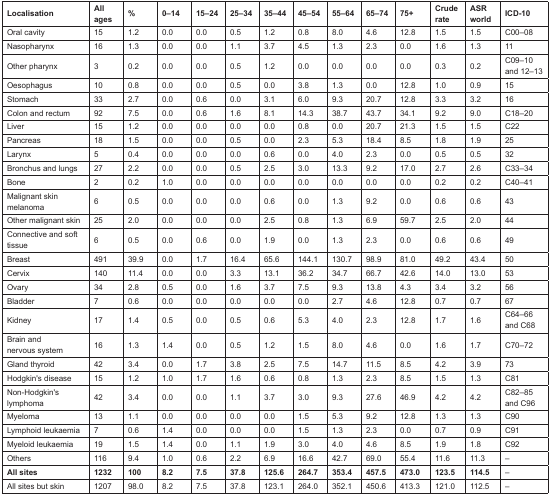
<table><thead><tr><td><b>Localisation</b></td><td><b>All ages</b></td><td><b>%</b></td><td><b>0–14</b></td><td><b>15–24</b></td><td><b>25–34</b></td><td><b>35–44</b></td><td><b>45–54</b></td><td><b>55–64</b></td><td><b>65–74</b></td><td><b>75+</b></td><td><b>Crude rate</b></td><td><b>ASR world</b></td><td><b>ICD-10</b></td></tr></thead><tbody><tr><td>Oral cavity</td><td>15</td><td>1.2</td><td>0.0</td><td>0.0</td><td>0.5</td><td>1.2</td><td>0.8</td><td>8.0</td><td>4.6</td><td>12.8</td><td>1.5</td><td>1.5</td><td>C00–08</td></tr><tr><td>Nasopharynx</td><td>16</td><td>1.3</td><td>0.0</td><td>0.0</td><td>1.1</td><td>3.7</td><td>4.5</td><td>1.3</td><td>2.3</td><td>0.0</td><td>1.6</td><td>1.3</td><td>11</td></tr><tr><td>Other pharynx</td><td>3</td><td>0.2</td><td>0.0</td><td>0.0</td><td>0.5</td><td>1.2</td><td>0.0</td><td>0.0</td><td>0.0</td><td>0.0</td><td>0.3</td><td>0.2</td><td>C09–10 and 12–13</td></tr><tr><td>Oesophagus</td><td>10</td><td>0.8</td><td>0.0</td><td>0.0</td><td>0.5</td><td>0.0</td><td>3.8</td><td>1.3</td><td>0.0</td><td>12.8</td><td>1.0</td><td>0.9</td><td>15</td></tr><tr><td>Stomach</td><td>33</td><td>2.7</td><td>0.0</td><td>0.6</td><td>0.0</td><td>3.1</td><td>6.0</td><td>9.3</td><td>20.7</td><td>12.8</td><td>3.3</td><td>3.2</td><td>16</td></tr><tr><td>Colon and rectum</td><td>92</td><td>7.5</td><td>0.0</td><td>0.6</td><td>1.6</td><td>8.1</td><td>14.3</td><td>38.7</td><td>43.7</td><td>34.1</td><td>9.2</td><td>9.0</td><td>C18–20</td></tr><tr><td>Liver</td><td>15</td><td>1.2</td><td>0.0</td><td>0.0</td><td>0.0</td><td>0.0</td><td>0.8</td><td>0.0</td><td>20.7</td><td>21.3</td><td>1.5</td><td>1.5</td><td>C22</td></tr><tr><td>Pancreas</td><td>18</td><td>1.5</td><td>0.0</td><td>0.0</td><td>0.5</td><td>0.0</td><td>2.3</td><td>5.3</td><td>18.4</td><td>8.5</td><td>1.8</td><td>1.9</td><td>25</td></tr><tr><td>Larynx</td><td>5</td><td>0.4</td><td>0.0</td><td>0.0</td><td>0.0</td><td>0.6</td><td>0.0</td><td>4.0</td><td>2.3</td><td>0.0</td><td>0.5</td><td>0.5</td><td>32</td></tr><tr><td>Bronchus and lungs</td><td>27</td><td>2.2</td><td>0.0</td><td>0.0</td><td>0.5</td><td>2.5</td><td>3.0</td><td>13.3</td><td>9.2</td><td>17.0</td><td>2.7</td><td>2.6</td><td>C33–34</td></tr><tr><td>Bone</td><td>2</td><td>0.2</td><td>1.0</td><td>0.0</td><td>0.0</td><td>0.0</td><td>0.0</td><td>0.0</td><td>0.0</td><td>0.0</td><td>0.2</td><td>0.2</td><td>C40–41</td></tr><tr><td>Malignant skin melanoma</td><td>6</td><td>0.5</td><td>0.0</td><td>0.0</td><td>0.0</td><td>0.6</td><td>0.0</td><td>1.3</td><td>9.2</td><td>0.0</td><td>0.6</td><td>0.6</td><td>43</td></tr><tr><td>Other malignant skin</td><td>25</td><td>2.0</td><td>0.0</td><td>0.0</td><td>0.0</td><td>2.5</td><td>0.8</td><td>1.3</td><td>6.9</td><td>59.7</td><td>2.5</td><td>2.0</td><td>44</td></tr><tr><td>Connective and soft tissue</td><td>6</td><td>0.5</td><td>0.0</td><td>0.6</td><td>0.0</td><td>1.9</td><td>0.0</td><td>1.3</td><td>2.3</td><td>0.0</td><td>0.6</td><td>0.6</td><td>49</td></tr><tr><td>Breast</td><td>491</td><td>39.9</td><td>0.0</td><td>1.7</td><td>16.4</td><td>65.6</td><td>144.1</td><td>130.7</td><td>98.9</td><td>81.0</td><td>49.2</td><td>43.4</td><td>50</td></tr><tr><td>Cervix</td><td>140</td><td>11.4</td><td>0.0</td><td>0.0</td><td>3.3</td><td>13.1</td><td>36.2</td><td>34.7</td><td>66.7</td><td>42.6</td><td>14.0</td><td>13.0</td><td>53</td></tr><tr><td>Ovary</td><td>34</td><td>2.8</td><td>0.5</td><td>0.0</td><td>1.6</td><td>3.7</td><td>7.5</td><td>9.3</td><td>13.8</td><td>4.3</td><td>3.4</td><td>3.2</td><td>56</td></tr><tr><td>Bladder</td><td>7</td><td>0.6</td><td>0.0</td><td>0.0</td><td>0.0</td><td>0.0</td><td>0.0</td><td>2.7</td><td>4.6</td><td>12.8</td><td>0.7</td><td>0.7</td><td>67</td></tr><tr><td>Kidney</td><td>17</td><td>1.4</td><td>0.5</td><td>0.0</td><td>0.5</td><td>0.6</td><td>5.3</td><td>4.0</td><td>2.3</td><td>12.8</td><td>1.7</td><td>1.6</td><td>C64–66 and C68</td></tr><tr><td>Brain and nervous system</td><td>16</td><td>1.3</td><td>1.4</td><td>0.0</td><td>0.5</td><td>1.2</td><td>1.5</td><td>8.0</td><td>4.6</td><td>0.0</td><td>1.6</td><td>1.7</td><td>C70–72</td></tr><tr><td>Gland thyroid</td><td>42</td><td>3.4</td><td>0.0</td><td>1.7</td><td>3.8</td><td>2.5</td><td>7.5</td><td>14.7</td><td>11.5</td><td>8.5</td><td>4.2</td><td>3.9</td><td>73</td></tr><tr><td>Hodgkin’s disease</td><td>15</td><td>1.2</td><td>1.0</td><td>1.7</td><td>1.6</td><td>0.6</td><td>0.8</td><td>1.3</td><td>2.3</td><td>8.5</td><td>1.5</td><td>1.3</td><td>C81</td></tr><tr><td>Non-Hodgkin’s lymphoma</td><td>42</td><td>3.4</td><td>0.0</td><td>0.0</td><td>1.1</td><td>3.7</td><td>3.0</td><td>9.3</td><td>27.6</td><td>46.9</td><td>4.2</td><td>4.2</td><td>C82–85 and C96</td></tr><tr><td>Myeloma</td><td>13</td><td>1.1</td><td>0.0</td><td>0.0</td><td>0.0</td><td>0.0</td><td>1.5</td><td>5.3</td><td>9.2</td><td>12.8</td><td>1.3</td><td>1.3</td><td>C90</td></tr><tr><td>Lymphoid leukaemia</td><td>7</td><td>0.6</td><td>1.4</td><td>0.0</td><td>0.0</td><td>0.0</td><td>1.5</td><td>1.3</td><td>2.3</td><td>0.0</td><td>0.7</td><td>0.9</td><td>C91</td></tr><tr><td>Myeloid leukaemia</td><td>19</td><td>1.5</td><td>1.4</td><td>0.0</td><td>1.1</td><td>1.9</td><td>3.0</td><td>4.0</td><td>4.6</td><td>8.5</td><td>1.9</td><td>1.8</td><td>C92</td></tr><tr><td>Others</td><td>116</td><td>9.4</td><td>1.0</td><td>0.6</td><td>2.2</td><td>6.9</td><td>16.6</td><td>42.7</td><td>69.0</td><td>55.4</td><td>11.6</td><td>11.3</td><td>–</td></tr><tr><td><b>All sites</b></td><td><b>1232</b></td><td><b>100</b></td><td><b>8.2</b></td><td><b>7.5</b></td><td><b>37.8</b></td><td><b>125.6</b></td><td><b>264.7</b></td><td><b>353.4</b></td><td><b>457.5</b></td><td><b>473.0</b></td><td><b>123.5</b></td><td><b>114.5</b></td><td>–</td></tr><tr><td>All sites but skin</td><td>1207</td><td>98.0</td><td>8.2</td><td>7.5</td><td>37.8</td><td>123.1</td><td>264.0</td><td>352.1</td><td>450.6</td><td>413.3</td><td>121.0</td><td>112.5</td><td>–</td></tr></tbody></table>